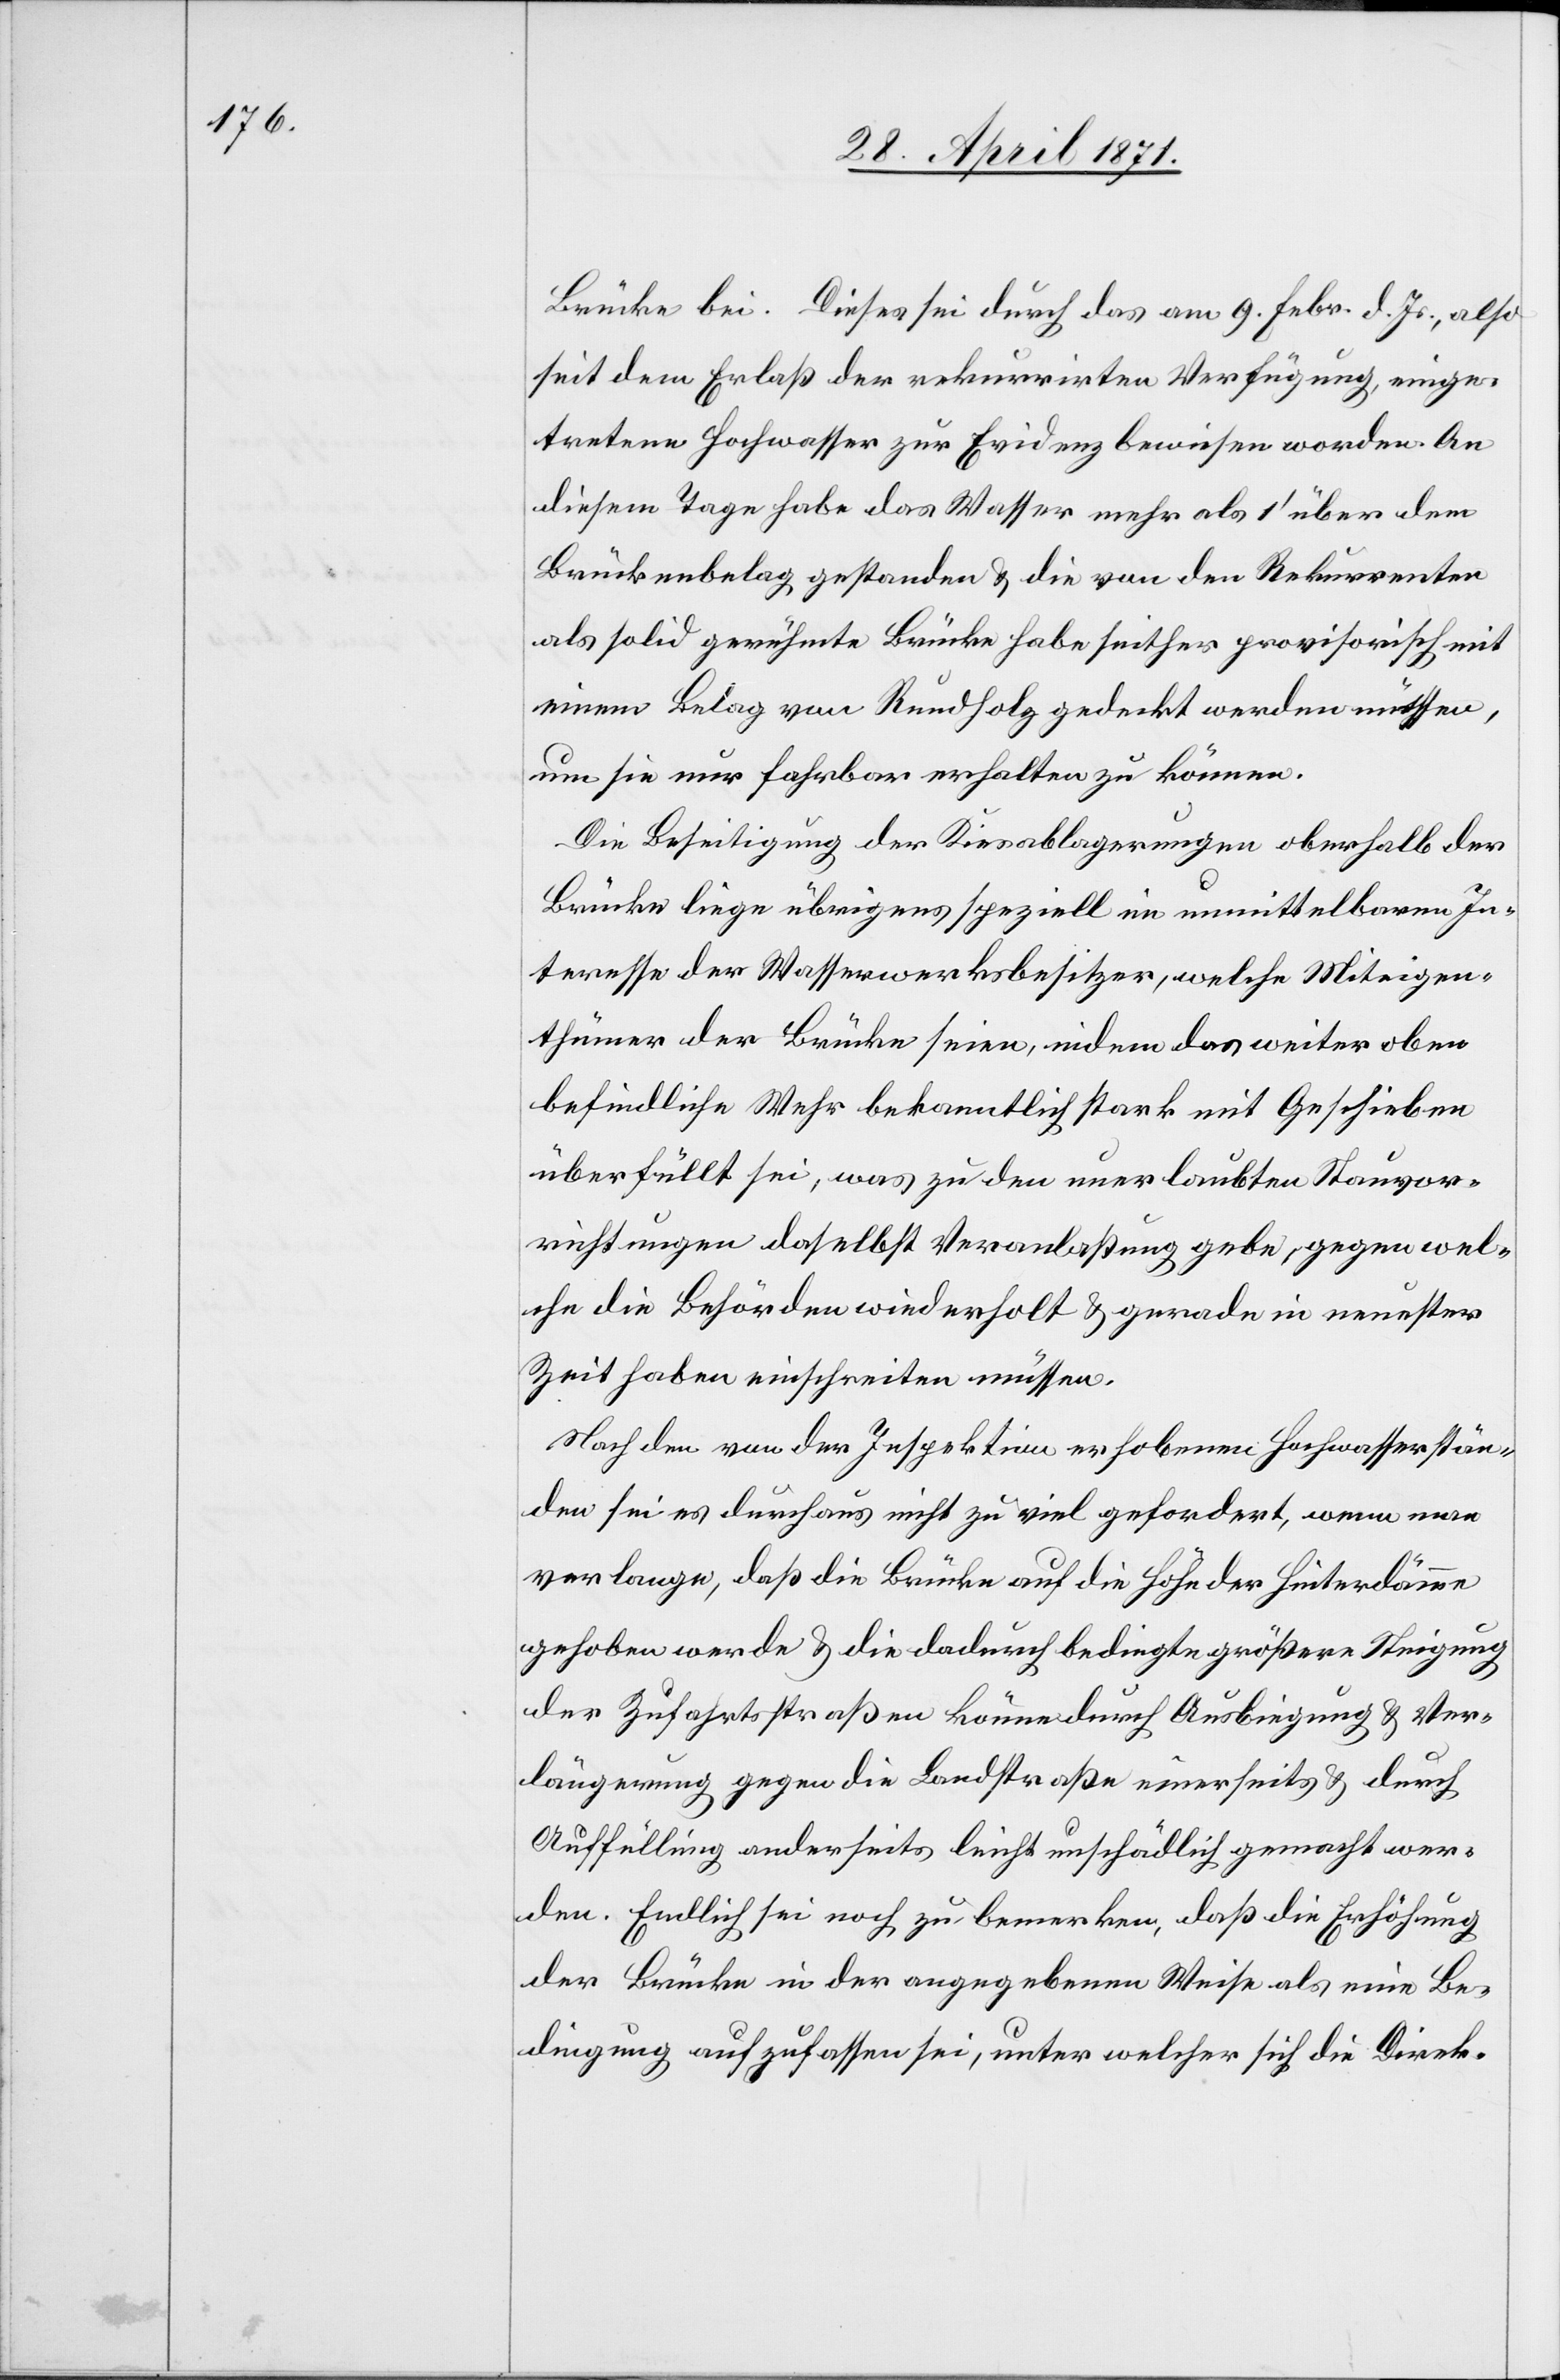
Brücke bei. Dieses sei durch das am 9. Febr. d. Js., also
seit dem Erlaß der rekurrirten Verfügung, einge¬
tretene Hochwasser zur Evidenz bewiesen worden. An
diesem Tage habe das Wasser mehr als 1‘ über dem
Brückenbelag gestanden u. die von den Rekurrenten
als solid gerühmte Brücke habe seither provisorisch mit
einem Belag von Rundholz gedeckt werden müssen,
um sie nur fahrbar erhalten zu können.
Die Beseitigung der Kiesablagerungen oberhalb der
Brücke liege übrigens speziell im unmittelbaren In¬
teresse der Wasserwerksbesitzer, welche Miteigen¬
thümer der Brücke seien, indem das weiter oben
befindliche Wehr bekanntlich stark mit Geschieben
überfüllt sei, was zu den unerlaubten Stauvor¬
richtungen daselbst Veranlaßung gebe, gegen wel¬
che die Behörden wiederholt u. gerade in neuester
Zeit haben einschreiten müssen.
Nach den von der Inspektion erhobenen Hochwasserstän¬
den sei es durchaus nicht zu viel gefordert, wenn man
verlange, daß die Brücke auf die Höhe der Hinterdämme
gehoben werde u. die dadurch bedingte größere Steigung
der Zufahrtsstraßen könne durch Ausbiegung u. Ver¬
längerung gegen die Landstraße einerseits u. durch
Auffüllung anderseits leicht unschädlich gemacht wer¬
den. Endlich sei noch zu bemerken, daß die Erhöhung
der Brücke in der angegebenen Weise als eine Be¬
dingung aufzufassen sei, unter welcher die Direk-